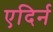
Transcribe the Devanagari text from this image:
एदिर्न